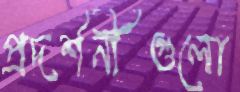
প্রদর্শনীগুলো